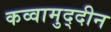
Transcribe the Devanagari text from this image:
कव्वामुद्दीन